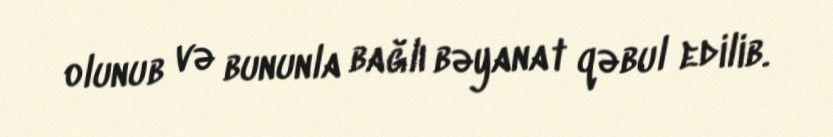
olunub və bununla bağlı bəyanat qəbul edilib.